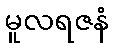
မူလရဇနံ